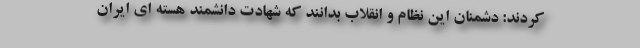
کردند: دشمنان این نظام و انقلاب بدانند که شهادت دانشمند هسته ای ایران